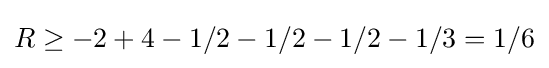
R\geq -2+4-1/2-1/2-1/2-1/3=1/6